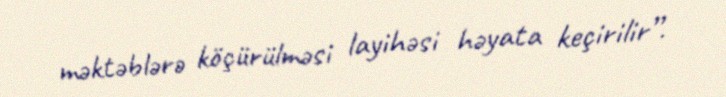
məktəblərə köçürülməsi layihəsi həyata keçirilir”.